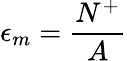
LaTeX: \epsilon_{m}=\frac{N^{+}}{A}